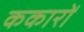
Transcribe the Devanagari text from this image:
ककारों